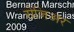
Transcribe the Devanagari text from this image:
रोजिअर